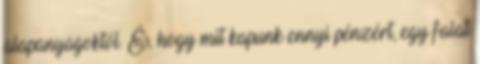
alapanyagoktól. És, hogy mit kapunk ennyi pénzért, egy falat